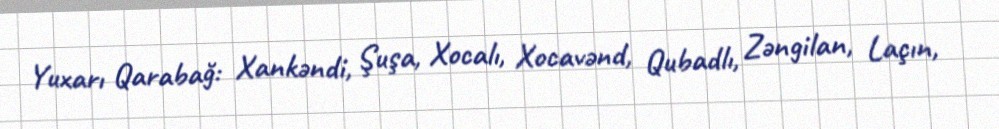
Yuxarı Qarabağ: Xankəndi, Şuşa, Xocalı, Xocavənd, Qubadlı, Zəngilan, Laçın,